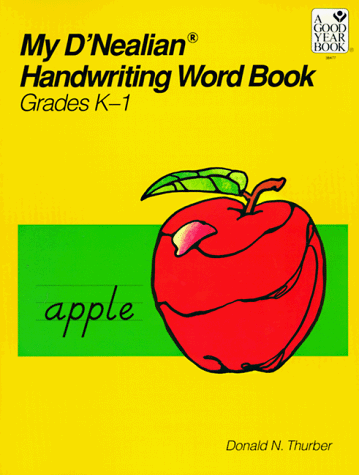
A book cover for MY D'NEALIAN HANDWRITING WORD BOOK, KINDERGARTEN THROUGH GRADE 1; GOOD YEAR BOOKS; Reference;